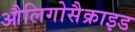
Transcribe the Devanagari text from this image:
औलिगोसैक्राइड